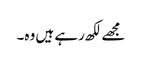
مجھے لکھ رہے ہیں وہ۔